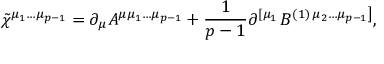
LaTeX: \tilde { \chi } ^ { \mu _ { 1 } \ldots \mu _ { p - 1 } } = \partial _ { \mu } A ^ { \mu \mu _ { 1 } \ldots \mu _ { p - 1 } } + \frac 1 { p - 1 } \partial ^ { \left[ \mu _ { 1 } \right. } B ^ { ( 1 ) \left. \mu _ { 2 } \ldots \mu _ { p - 1 } \right] } ,